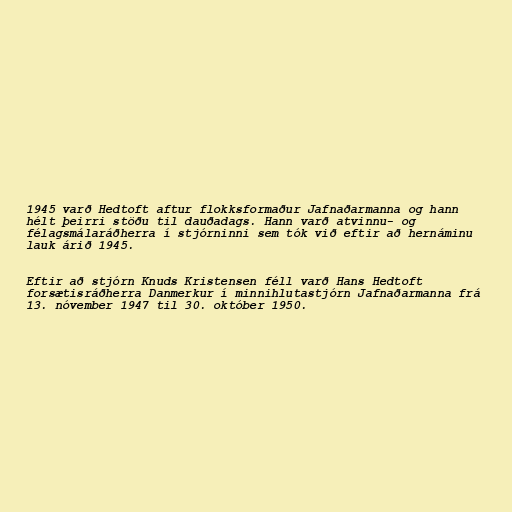
1945 varð Hedtoft aftur flokksformaður Jafnaðarmanna og hann
hélt þeirri stöðu til dauðadags. Hann varð atvinnu- og
félagsmálaráðherra í stjórninni sem tók við eftir að hernáminu
lauk árið 1945.

Eftir að stjórn Knuds Kristensen féll varð Hans Hedtoft
forsætisráðherra Danmerkur í minnihlutastjórn Jafnaðarmanna frá
13. nóvember 1947 til 30. október 1950.